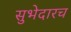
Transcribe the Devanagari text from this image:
सुभेदारच